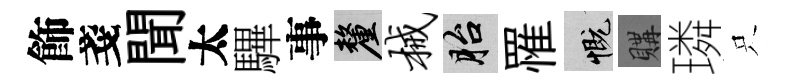
飾戔聞太驆事厘械胎罹慨購璘只